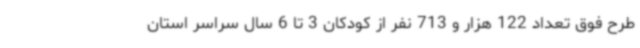
طرح فوق تعداد 122 هزار و 713 نفر از کودکان 3 تا 6 سال سراسر استان